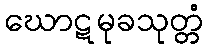
ဃောဋမုခသုတ္တံ